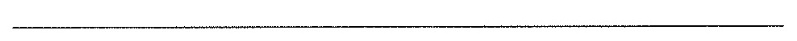
___